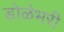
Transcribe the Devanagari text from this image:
डोळेभरी